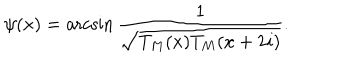
LaTeX: \psi ( x ) = \operatorname { a r c s i n } \frac { 1 } { \sqrt { T _ { M } ( x ) T _ { M } ( x + 2 i ) } } .